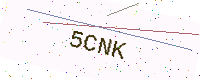
Text: 5CNK